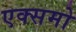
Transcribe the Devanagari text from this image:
एक्समो